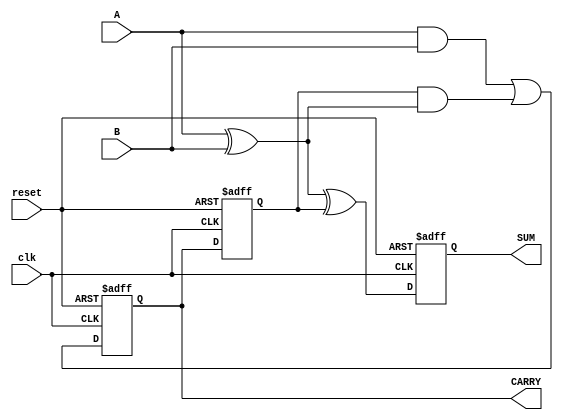
module SequentialHalfAdder (
    input wire clk,        // Clock input
    input wire reset,      // Reset input
    input wire A,          // First input bit
    input wire B,          // Second input bit
    output reg SUM,        // Sum output
    output reg CARRY       // Carry output
);

    // Internal signals to hold previous state
    reg previous_carry;

    // Combinational logic to calculate SUM and CARRY
    wire sum_next;
    wire carry_next;

    assign sum_next = A ^ B ^ previous_carry; // SUM = A XOR B XOR Previous_CARRY
    assign carry_next = (A & B) | (previous_carry & (A ^ B)); // CARRY = (A AND B) OR (Previous_CARRY AND (A XOR B))

    // Sequential logic to update state on clock edge
    always @(posedge clk or posedge reset) begin
        if (reset) begin
            SUM <= 1'b0;          // Reset SUM to 0
            CARRY <= 1'b0;        // Reset CARRY to 0
            previous_carry <= 1'b0; // Reset previous carry to 0
        end else begin
            SUM <= sum_next;      // Update SUM
            CARRY <= carry_next;  // Update CARRY
            previous_carry <= CARRY; // Store current CARRY for next cycle
        end
    end

endmodule